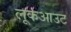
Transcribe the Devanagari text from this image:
लूकआउट